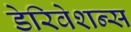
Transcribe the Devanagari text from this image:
डेरिवेशन्स